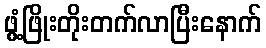
ဖွံ့ဖြိုးတိုးတက်လာပြီးနောက်